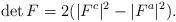
LaTeX: \begin{align*} \det F= 2( |F^c|^2 - |F^a|^2).\end{align*}